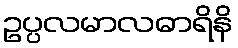
ဥပ္ပလမာလဓာရိနိ